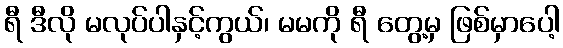
ရီ ဒီလို မလုပ်ပါနှင့်ကွယ်၊ မမကို ရီ တွေ့မှ ဖြစ်မှာပေါ့